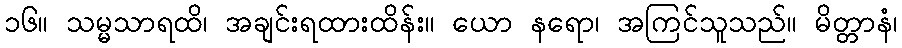
၁၆။ သမ္မသာရထိ၊ အချင်းရထားထိန်း။ ယော နရော၊ အကြင်သူသည်။ မိတ္တာနံ၊